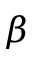
\beta